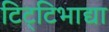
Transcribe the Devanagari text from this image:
टिट्‌टिभाद्या